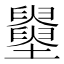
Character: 𡓵